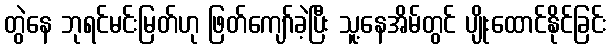
တွဲနေ ဘုရင်မင်းမြတ်ဟု ဖြတ်ကျော်ခဲ့ပြီး သူ့နေအိမ်တွင် ပျိုးထောင်နိုင်ခြင်း